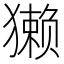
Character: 獭